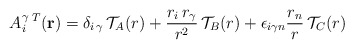
\begin{align*}A_i^{\gamma}\,^T({\bf r})={\delta}_{{i}\,{\gamma}}\,{\cal T}_{A}(r)+\frac{r_i\,r_{\gamma}}{r^2}\,{\cal T}_{B}(r)+{\epsilon}_{i{\gamma}n}\frac{r_n}{r}\,{\cal T}_{C}(r)\end{align*}